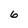
Character: 6